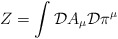
\begin{align*}Z = \int {\cal D} A_\mu {\cal D} \pi^\mu\end{align*}